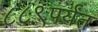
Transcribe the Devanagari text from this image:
८८९पर्यंत